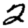
Digit: 2